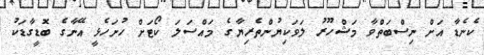
ކެނެޑާ އަށް ނިސްބަތްވާ މަޝްހޫރު ލަވަކިޔުންތެރިޔާގެ މައްސަލަ ކޯޓަށް ހުށަހެޅީ އޭނާގެ ބޮޑީގާޑަކު